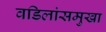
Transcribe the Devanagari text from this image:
वडिलांसमुखा